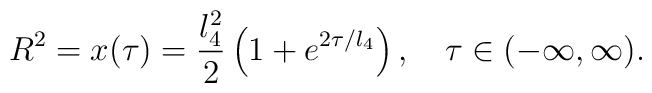
R^2 =x(\tau)= \frac{l^2_4}{2}\left(1 +e^{2\tau/l_4}\right), \ \    \ \tau \in (-\infty, \infty).